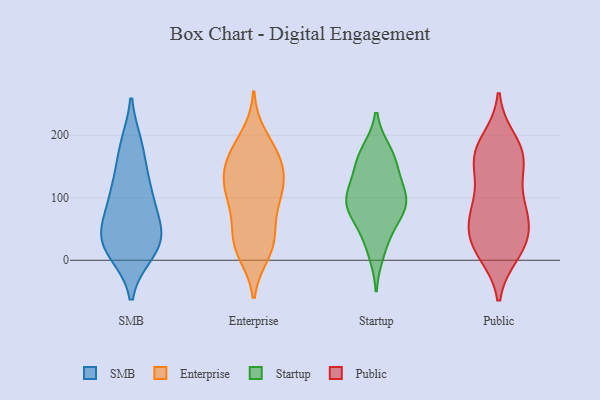
{"axis": {"x": "Conversion Rate (%)", "y": "Value"}, "legend": ["Enterprise", "Public", "SMB", "Startup"], "data": [{"x": "", "y": 182, "type": "SMB"}, {"x": "", "y": 121, "type": "SMB"}, {"x": "", "y": 21, "type": "SMB"}, {"x": "", "y": 71, "type": "SMB"}, {"x": "", "y": 101, "type": "SMB"}, {"x": "", "y": 178, "type": "SMB"}, {"x": "", "y": 113, "type": "SMB"}, {"x": "", "y": 14, "type": "SMB"}, {"x": "", "y": 45, "type": "SMB"}, {"x": "", "y": 31, "type": "SMB"}, {"x": "", "y": 23, "type": "SMB"}, {"x": "", "y": 49, "type": "SMB"}, {"x": "", "y": 166, "type": "Enterprise"}, {"x": "", "y": 198, "type": "Enterprise"}, {"x": "", "y": 120, "type": "Enterprise"}, {"x": "", "y": 89, "type": "Enterprise"}, {"x": "", "y": 27, "type": "Enterprise"}, {"x": "", "y": 114, "type": "Enterprise"}, {"x": "", "y": 108, "type": "Enterprise"}, {"x": "", "y": 167, "type": "Enterprise"}, {"x": "", "y": 12, "type": "Enterprise"}, {"x": "", "y": 153, "type": "Enterprise"}, {"x": "", "y": 19, "type": "Enterprise"}, {"x": "", "y": 81, "type": "Enterprise"}, {"x": "", "y": 45, "type": "Enterprise"}, {"x": "", "y": 174, "type": "Enterprise"}, {"x": "", "y": 31, "type": "Enterprise"}, {"x": "", "y": 140, "type": "Enterprise"}, {"x": "", "y": 124, "type": "Enterprise"}, {"x": "", "y": 117, "type": "Startup"}, {"x": "", "y": 144, "type": "Startup"}, {"x": "", "y": 92, "type": "Startup"}, {"x": "", "y": 94, "type": "Startup"}, {"x": "", "y": 41, "type": "Startup"}, {"x": "", "y": 155, "type": "Startup"}, {"x": "", "y": 12, "type": "Startup"}, {"x": "", "y": 174, "type": "Startup"}, {"x": "", "y": 103, "type": "Startup"}, {"x": "", "y": 84, "type": "Startup"}, {"x": "", "y": 65, "type": "Startup"}, {"x": "", "y": 170, "type": "Startup"}, {"x": "", "y": 90, "type": "Startup"}, {"x": "", "y": 27, "type": "Public"}, {"x": "", "y": 168, "type": "Public"}, {"x": "", "y": 60, "type": "Public"}, {"x": "", "y": 163, "type": "Public"}, {"x": "", "y": 84, "type": "Public"}, {"x": "", "y": 192, "type": "Public"}, {"x": "", "y": 11, "type": "Public"}, {"x": "", "y": 76, "type": "Public"}, {"x": "", "y": 96, "type": "Public"}, {"x": "", "y": 183, "type": "Public"}, {"x": "", "y": 52, "type": "Public"}, {"x": "", "y": 161, "type": "Public"}, {"x": "", "y": 159, "type": "Public"}, {"x": "", "y": 34, "type": "Public"}, {"x": "", "y": 84, "type": "Public"}, {"x": "", "y": 24, "type": "Public"}, {"x": "", "y": 13, "type": "Public"}, {"x": "", "y": 137, "type": "Public"}]}